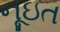
નૂઇત